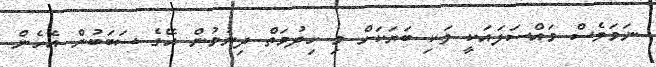
ނަމަވެސް މައްސަލައަކީ ވަކި ބަޔަކަށް މި ހިދުމަތް ދިނުމުން އޭގެ ސަބަބުން އެހެން